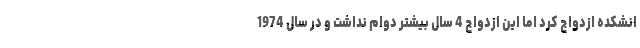
انشکده ازدواج کرد اما این ازدواج 4 سال بیشتر دوام نداشت و در سال 1974